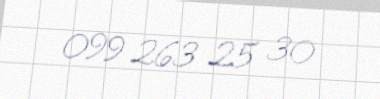
099 263 25 30